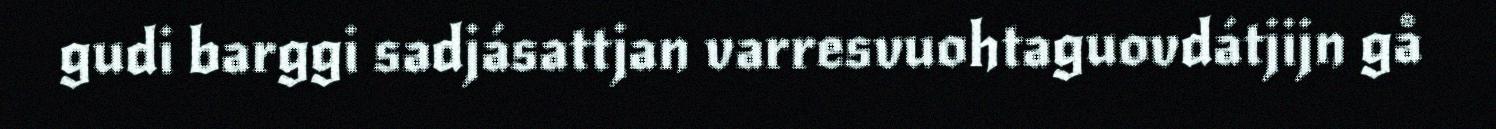
gudi barggi sadjásattjan varresvuohtaguovdátjijn gå